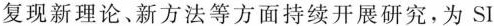
复现新理论、新方法等方面持续开展研究，为SI